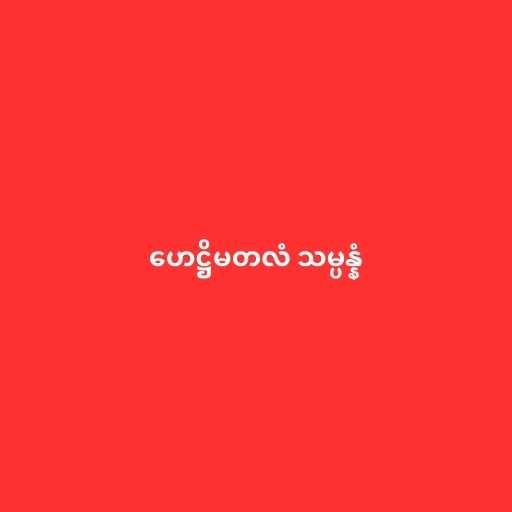
ဟေဋ္ဌိမတလံ သမ္ပန္နံ